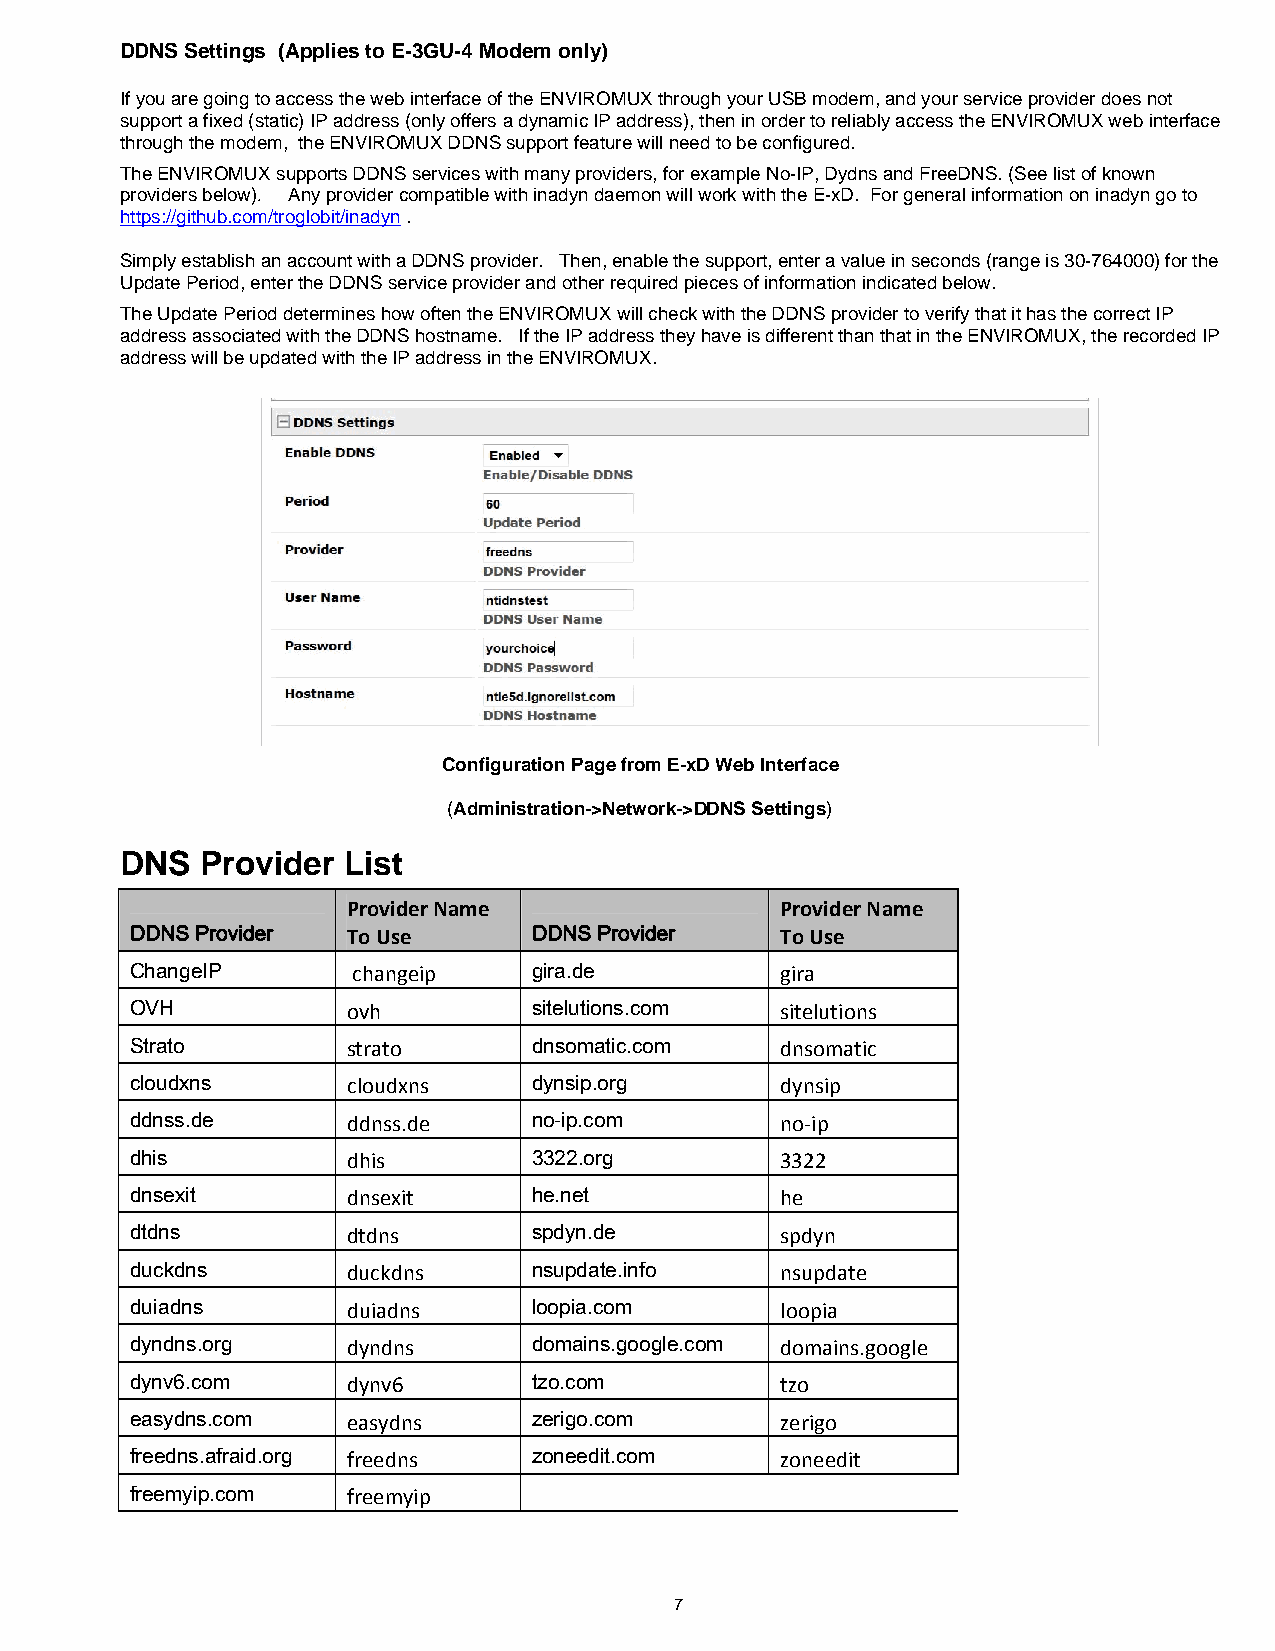
DDNS Settings (Applies to E-3GU-4 Modem only)
 If you are going to access the web interface of the ENVIROMUX through your USB modem, and your service provider does not
 support a fixed (static) IP address (only offers a dynamic IP address), then in order to reliably access the ENVIROMUX web interface
 through the modem, the ENVIROMUX DDNS support feature will need to be configured.
 The ENVIROMUX supports DDNS services with many providers, for example No-IP, Dydns and FreeDNS. (See list of known
 providers below). Any provider compatible with inadyn daemon will work with the E-xD. For general information on inadyn go to
 https://github.com/troglobit/inadyn .
 Simply establish an account with a DDNS provider. Then, enable the support, enter a value in seconds (range is 30-764000) for the
 Update Period, enter the DDNS service provider and other required pieces of information indicated below.
 The Update Period determines how often the ENVIROMUX will check with the DDNS provider to verify that it has the correct IP
 address associated with the DDNS hostname. If the IP address they have is different than that in the ENVIROMUX, the recorded IP
 address will be updated with the IP address in the ENVIROMUX.
 Figure 1- DDNS Settings
 Configuration Page from E-xD Web Interface
 (Administration->Network->DDNS Settings)
 DNS  Provider  List
 Provider Name                Provider Name
 DDNS Provider To Use      DDNS Provider    To Use
 ChangeIP      changeip    gira.de          gira
 OVH           ovh         sitelutions.com  sitelutions
 Strato        strato      dnsomatic.com    dnsomatic
 cloudxns      cloudxns    dynsip.org       dynsip
 ddnss.de      ddnss.de    no-ip.com        no‐ip
 dhis          dhis        3322.org         3322
 dnsexit       dnsexit     he.net           he
 dtdns         dtdns       spdyn.de         spdyn
 duckdns       duckdns     nsupdate.info    nsupdate
 duiadns       duiadns     loopia.com       loopia
 dyndns.org    dyndns      domains.google.com domains.google
 dynv6.com     dynv6       tzo.com          tzo
 easydns.com   easydns     zerigo.com       zerigo
 freedns.afraid.org freedns zoneedit.com    zoneedit
 freemyip.com  freemyip
 7